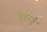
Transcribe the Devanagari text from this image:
चेहरा।